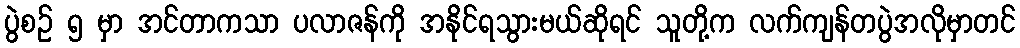
ပွဲစဉ် ၅ မှာ အင်တာကသာ ပလာဇန်ကို အနိုင်ရသွားမယ်ဆိုရင် သူတို့က လက်ကျန်တပွဲအလိုမှာတင်